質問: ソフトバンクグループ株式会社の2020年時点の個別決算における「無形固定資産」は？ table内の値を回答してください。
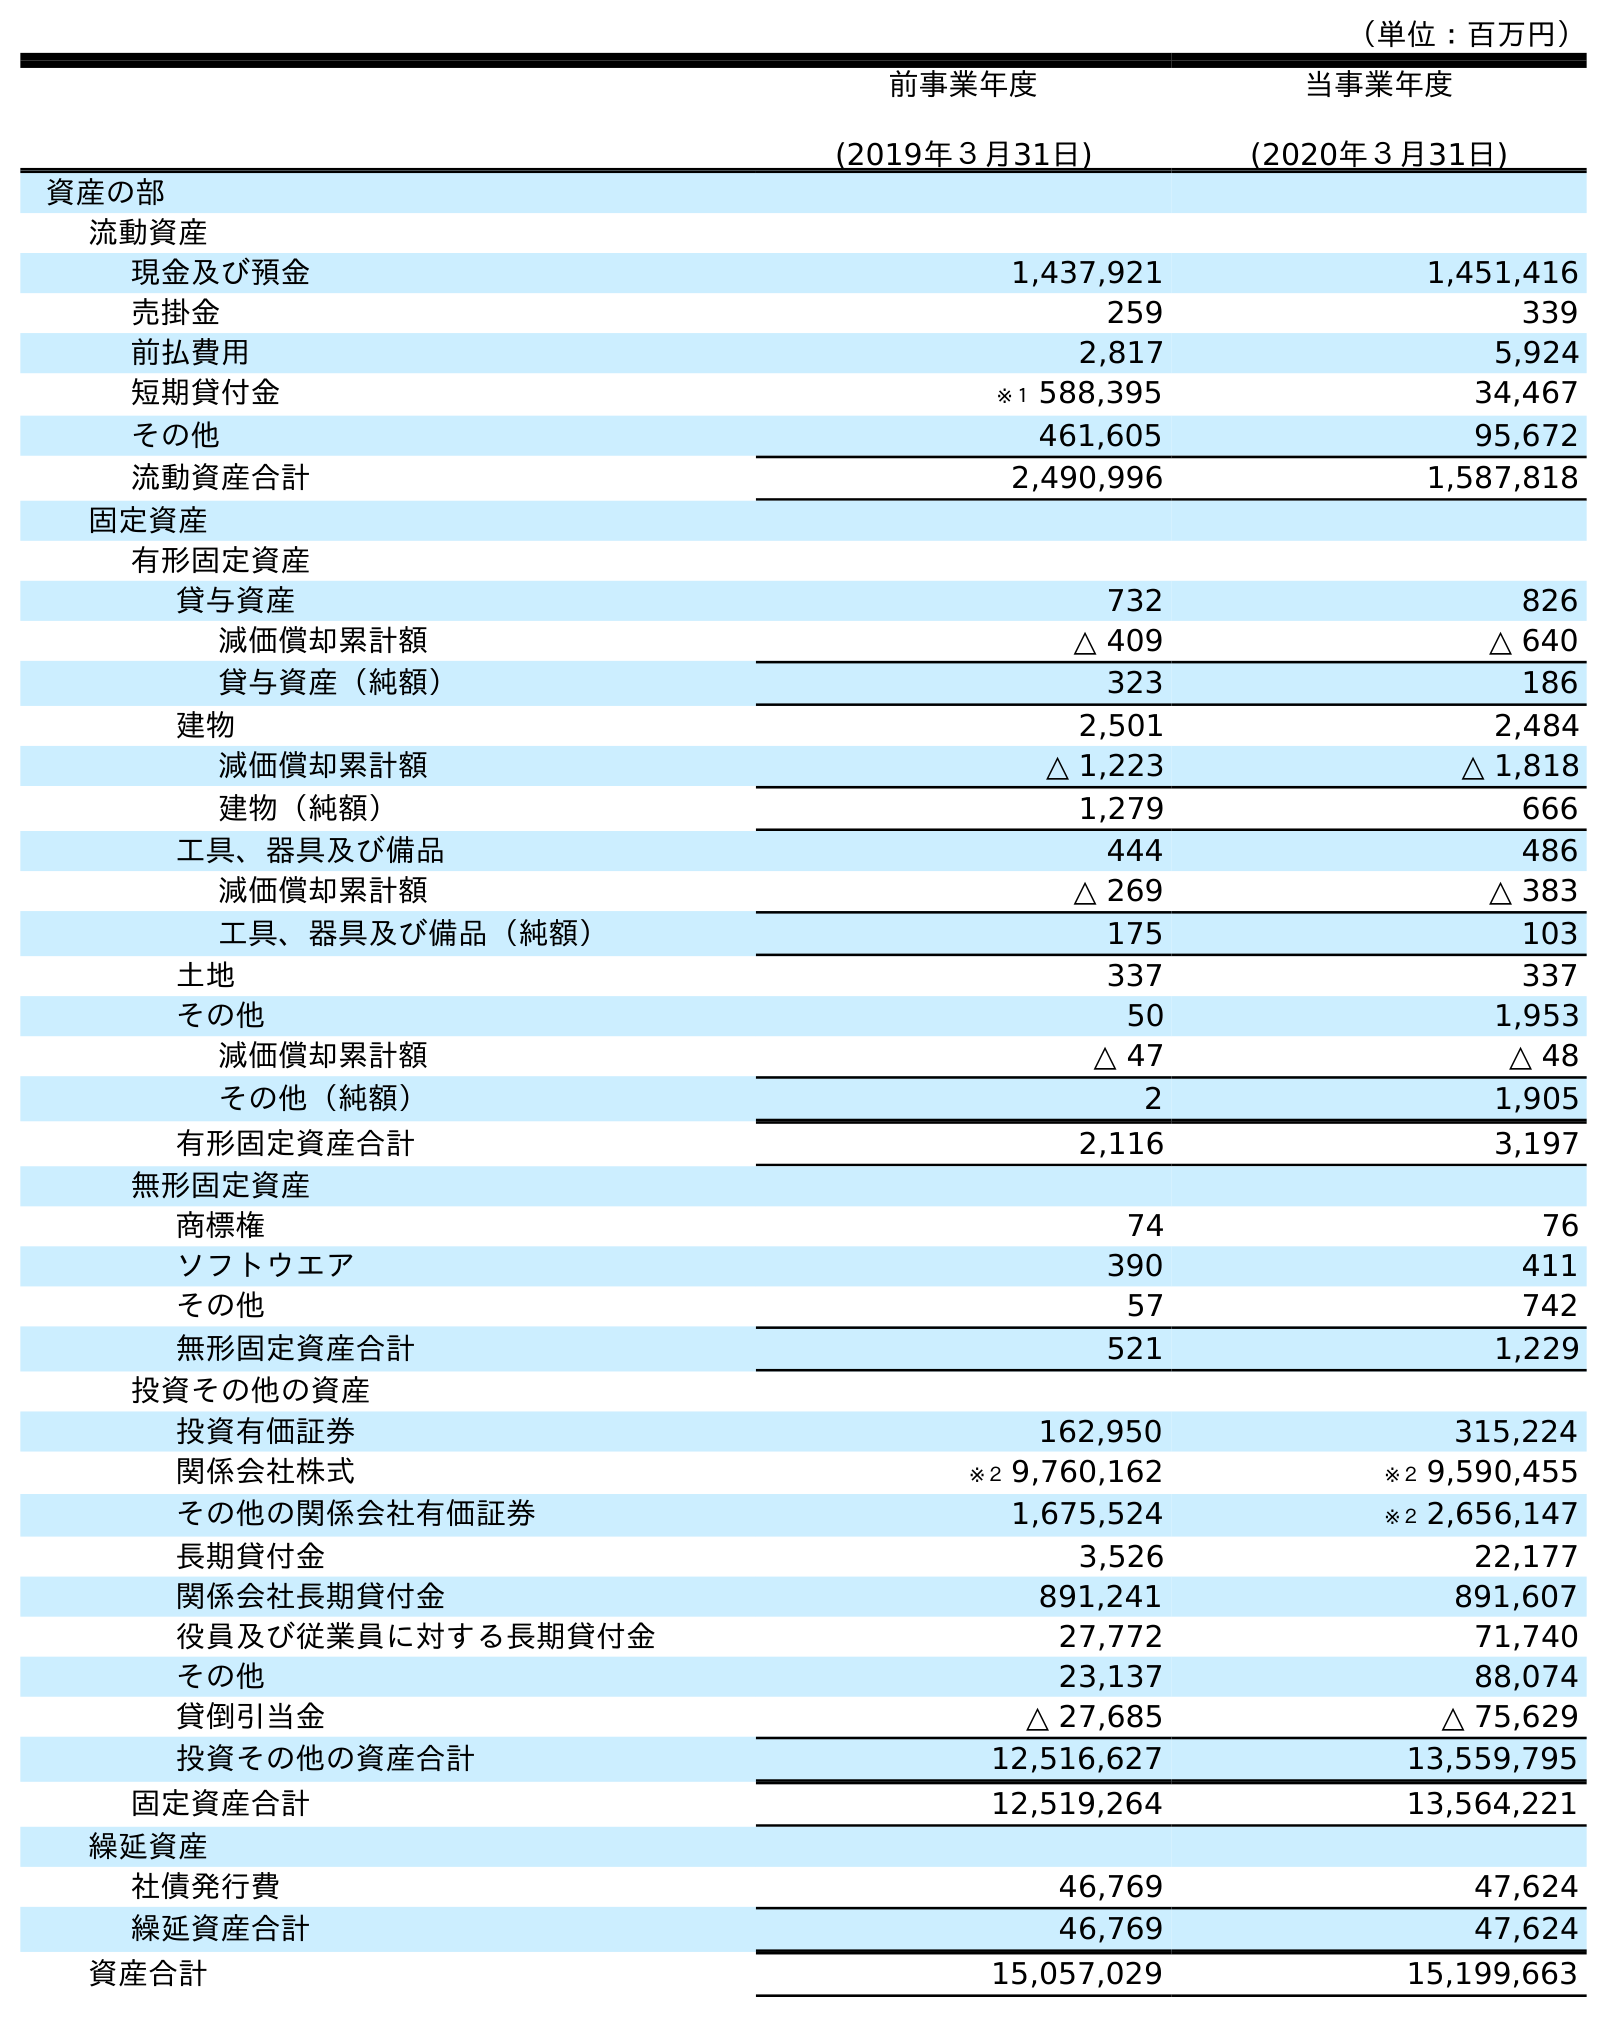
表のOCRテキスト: （単位：百万円） 前事業年度 (2019年３月31日) 当事業年度 (2020年３月31日) 資産の部 流動資産 現金及び預金 1,437,921 1,451,416 売掛金 259 339 前払費用 2,817 5,924 短期貸付金 ※１ 588,395 34,467 その他 461,605 95,672 流動資産合計 2,490,996 1,587,818 固定資産 有形固定資産 貸与資産 732 826 減価償却累計額 △ 409 △ 640 貸与資産（純額） 323 186 建物 2,501 2,484 減価償却累計額 △ 1,223 △ 1,818 建物（純額） 1,279 666 工具、器具及び備品 444 486 減価償却累計額 △ 269 △ 383 工具、器具及び備品（純額） 175 103 土地 337 337 その他 50 1,953 減価償却累計額 △ 47 △ 48 その他（純額） 2 1,905 有形固定資産合計 2,116 3,197 無形固定資産 商標権 74 76 ソフトウエア 390 411 その他 57 742 無形固定資産合計 521 1,229 投資その他の資産 投資有価証券 162,950 315,224 関係会社株式 ※２ 9,760,162 ※２ 9,590,455 その他の関係会社有価証券 1,675,524 ※２ 2,656,147 長期貸付金 3,526 22,177 関係会社長期貸付金 891,241 891,607 役員及び従業員に対する長期貸付金 27,772 71,740 その他 23,137 88,074 貸倒引当金 △ 27,685 △ 75,629 投資その他の資産合計 12,516,627 13,559,795 固定資産合計 12,519,264 13,564,221 繰延資産 社債発行費 46,769 47,624 繰延資産合計 46,769 47,624 資産合計 15,057,029 15,199,663
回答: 1,229